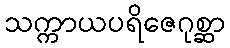
သက္ကာယပရိဇေဂုစ္ဆာ